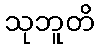
သုဘူတိ